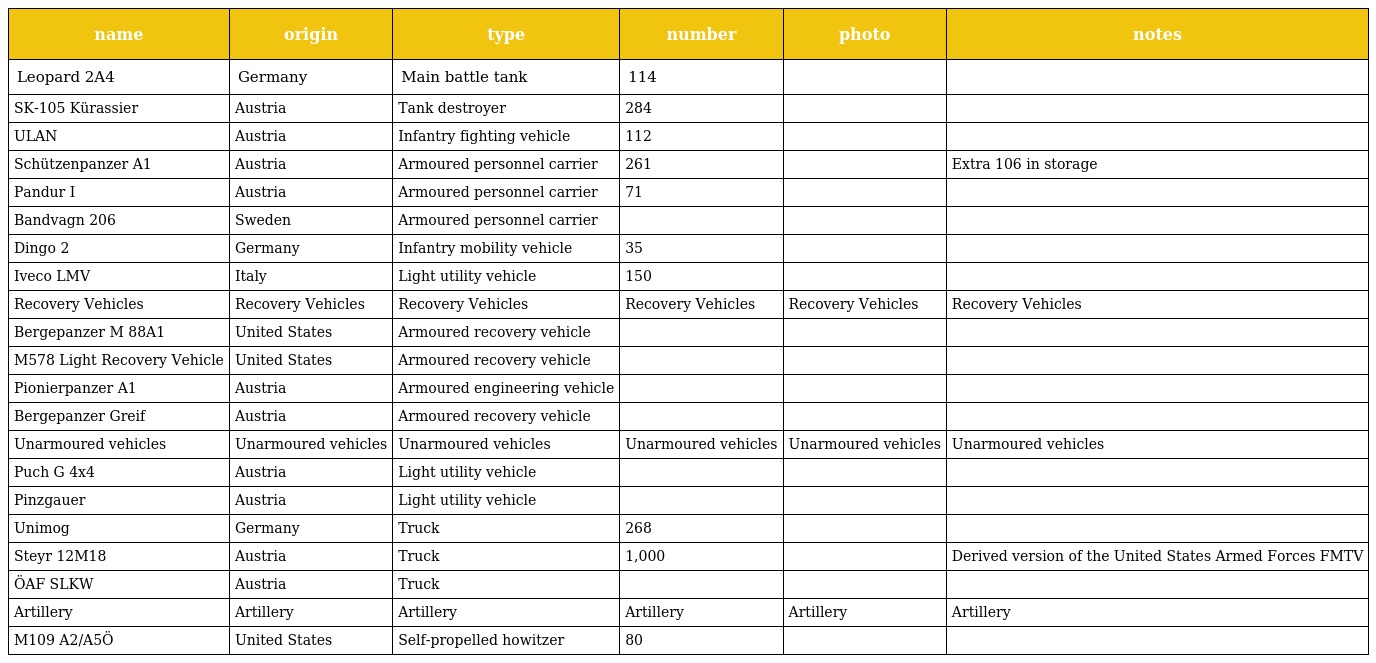
| name | origin | type | number | photo | notes |
 | --- | --- | --- | --- | --- | --- |
 | Leopard 2A4 | Germany | Main battle tank | 114 |  |  |
 | SK-105 Kürassier | Austria | Tank destroyer | 284 |  |  |
 | ULAN | Austria | Infantry fighting vehicle | 112 |  |  |
 | Schützenpanzer A1 | Austria | Armoured personnel carrier | 261 |  | Extra 106 in storage |
 | Pandur I | Austria | Armoured personnel carrier | 71 |  |  |
 | Bandvagn 206 | Sweden | Armoured personnel carrier |  |  |  |
 | Dingo 2 | Germany | Infantry mobility vehicle | 35 |  |  |
 | Iveco LMV | Italy | Light utility vehicle | 150 |  |  |
 | Recovery Vehicles | Recovery Vehicles | Recovery Vehicles | Recovery Vehicles | Recovery Vehicles | Recovery Vehicles |
 | Bergepanzer M 88A1 | United States | Armoured recovery vehicle |  |  |  |
 | M578 Light Recovery Vehicle | United States | Armoured recovery vehicle |  |  |  |
 | Pionierpanzer A1 | Austria | Armoured engineering vehicle |  |  |  |
 | Bergepanzer Greif | Austria | Armoured recovery vehicle |  |  |  |
 | Unarmoured vehicles | Unarmoured vehicles | Unarmoured vehicles | Unarmoured vehicles | Unarmoured vehicles | Unarmoured vehicles |
 | Puch G 4x4 | Austria | Light utility vehicle |  |  |  |
 | Pinzgauer | Austria | Light utility vehicle |  |  |  |
 | Unimog | Germany | Truck | 268 |  |  |
 | Steyr 12M18 | Austria | Truck | 1,000 |  | Derived version of the United States Armed Forces FMTV |
 | ÖAF SLKW | Austria | Truck |  |  |  |
 | Artillery | Artillery | Artillery | Artillery | Artillery | Artillery |
 | M109 A2/A5Ö | United States | Self-propelled howitzer | 80 |  |  |